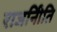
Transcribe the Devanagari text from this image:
राजनीिति